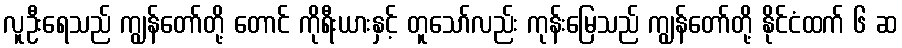
လူဦးရေသည် ကျွန်တော်တို့ တောင် ကိုရီးယားနှင့် တူသော်လည်း ကုန်းမြေသည် ကျွန်တော်တို့ နိုင်ငံထက် ၆ ဆ